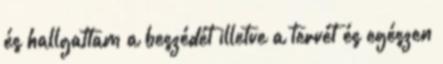
és hallgattam a beszédét illetve a tervét és egészen